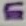
Text: E